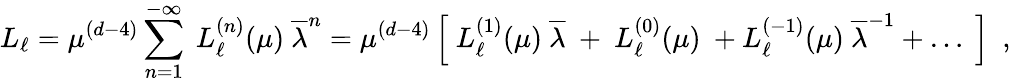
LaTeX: L_{\ell}=\mu^{(d-4)}\sum_{n=1}^{-\infty}\ L_{\ell}^{(n)}(\mu)~{\overline{{\lambda}}}^{n}=\mu^{(d-4)}\left[~L_{\ell}^{(1)}(\mu)~{\overline{{\lambda}}}\ +\ L_{\ell}^{(0)}(\mu)\ +L_{\ell}^{(-1)}(\mu)~{\overline{{\lambda}}}^{-1}+\dots~\right]\ \ ,\,